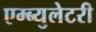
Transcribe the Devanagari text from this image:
एम्ब्युलेटरी